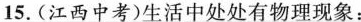
15.(江西中考)生活中处处有物理现象：